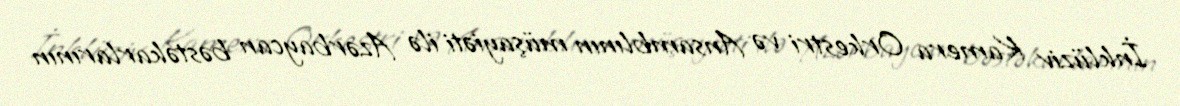
İnklüziv Kamera Orkestri və Ansamblının müşayiəti ilə Azərbaycan bəstəkarlarının